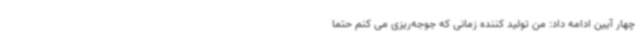
چهار آیین ادامه داد: من تولید کننده زمانی که جوجه‌ریزی می کنم حتما